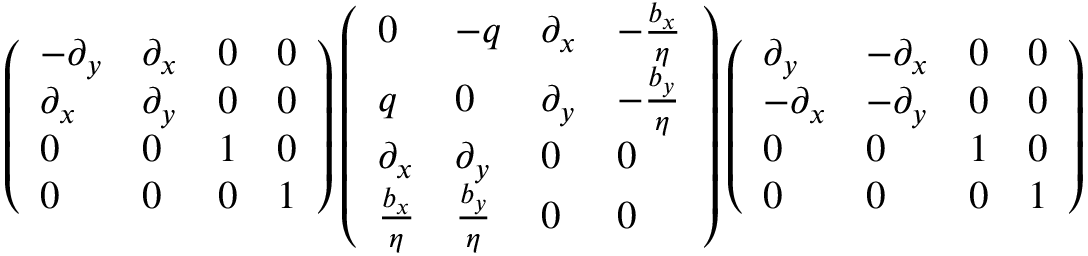
\left( \begin{array} { l l l l } { - \partial _ { y } } & { \partial _ { x } } & { 0 } & { 0 } \\ { \partial _ { x } } & { \partial _ { y } } & { 0 } & { 0 } \\ { 0 } & { 0 } & { 1 } & { 0 } \\ { 0 } & { 0 } & { 0 } & { 1 } \end{array} \right) \left( \begin{array} { l l l l } { 0 } & { - q } & { \partial _ { x } } & { - \frac { b _ { x } } { \eta } } \\ { q } & { 0 } & { \partial _ { y } } & { - \frac { b _ { y } } { \eta } } \\ { \partial _ { x } } & { \partial _ { y } } & { 0 } & { 0 } \\ { \frac { b _ { x } } { \eta } } & { \frac { b _ { y } } { \eta } } & { 0 } & { 0 } \end{array} \right) \left( \begin{array} { l l l l } { \partial _ { y } } & { - \partial _ { x } } & { 0 } & { 0 } \\ { - \partial _ { x } } & { - \partial _ { y } } & { 0 } & { 0 } \\ { 0 } & { 0 } & { 1 } & { 0 } \\ { 0 } & { 0 } & { 0 } & { 1 } \end{array} \right)